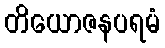
တိယောဇနပရမံ